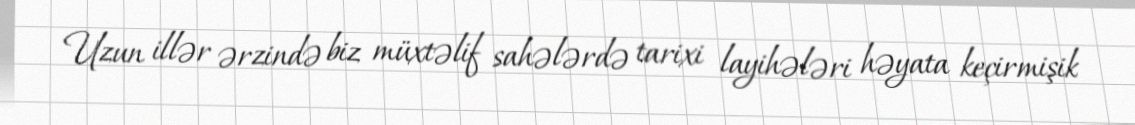
Uzun illər ərzində biz müxtəlif sahələrdə tarixi layihələri həyata keçirmişik